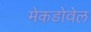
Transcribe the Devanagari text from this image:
मेकडोवेल